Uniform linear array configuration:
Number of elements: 4
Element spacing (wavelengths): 0.25
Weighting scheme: blackman
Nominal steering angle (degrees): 60
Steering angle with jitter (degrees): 58.44
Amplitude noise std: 0.05
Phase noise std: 0.05

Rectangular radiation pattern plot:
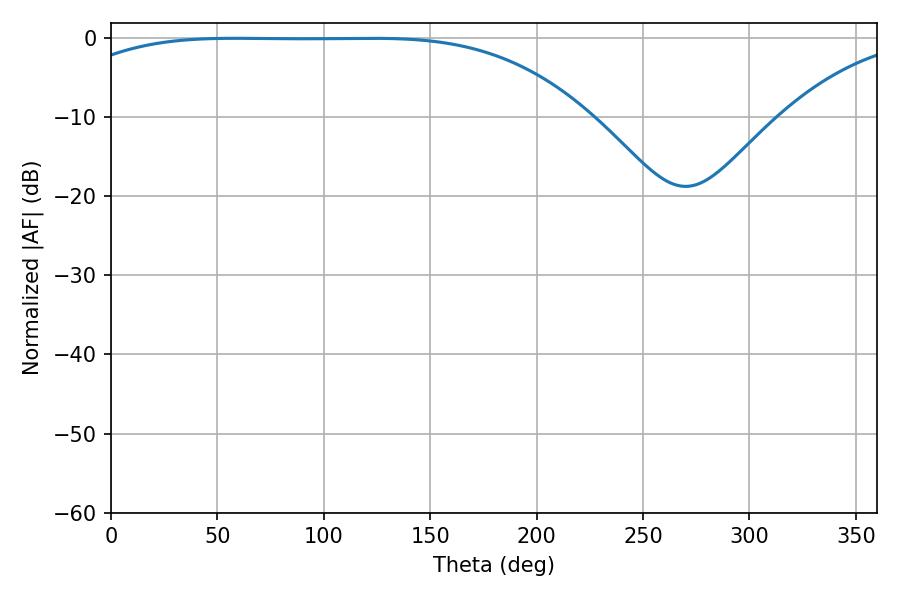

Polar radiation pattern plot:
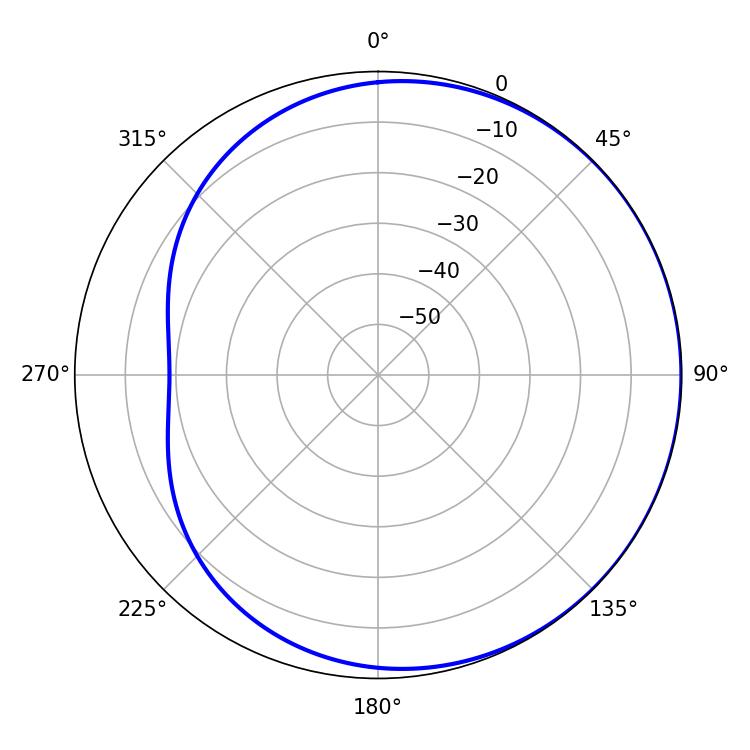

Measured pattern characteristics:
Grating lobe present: FALSE
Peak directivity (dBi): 0.6218
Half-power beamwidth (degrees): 188.46
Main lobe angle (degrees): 58.5